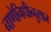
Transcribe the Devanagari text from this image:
नाणेनिधीनुसार